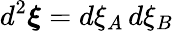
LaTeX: d^{2}\boldsymbol{\xi}=d\xi_{A}\, d\xi_{B}